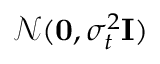
\mathcal { N } ( \mathbf { 0 } , \sigma _ { t } ^ { 2 } \mathbf { I } )